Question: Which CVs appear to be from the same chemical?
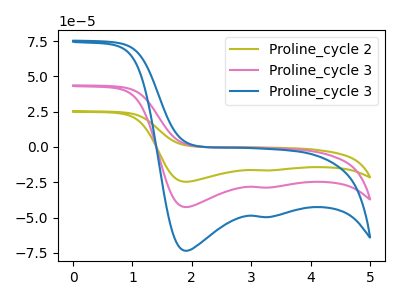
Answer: <think>The olive curve "Proline_cycle 2" has cathodic peaks at (1.90V, -85.25uA) (3.30V, -57.50uA). The pink curve "Proline_cycle 3" has cathodic peaks at (1.90V, -42.60uA) (3.30V, -28.75uA). The blue curve "Proline_cycle 3" has cathodic peaks at (1.90V, -73.55uA) (3.30V, -49.65uA).
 All the peaks in "Proline_cycle 2" have a peak in "Proline_cycle 3" at the same potential. Every peak in "Proline_cycle 2" is higher than every peak in "Proline_cycle 3". All the peaks in "Proline_cycle 2" have a peak in "Proline_cycle 3" at the same potential. Every peak in "Proline_cycle 2" is higher than every peak in "Proline_cycle 3". All the peaks in "Proline_cycle 3" have a peak in "Proline_cycle 3" at the same potential. Every peak in "Proline_cycle 3" is lower than every peak in "Proline_cycle 3".</think>
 <answer>"Proline_cycle 3", "Proline_cycle 2" and "Proline_cycle 3" have the same shape and are likely CV's of the same chemical.</answer>
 <eval>"Proline_cycle 3" "Proline_cycle 2" "Proline_cycle 3"</eval>